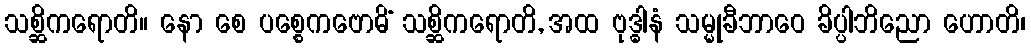
သစ္ဆိကရောတိ။ နော စေ ပစ္စေကဗောဓိံ သစ္ဆိကရောတိ, အထ ဗုဒ္ဓါနံ သမ္မုခီဘာဝေ ခိပ္ပါဘိညော ဟောတိ၊